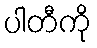
ပါတီကို